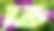
তি